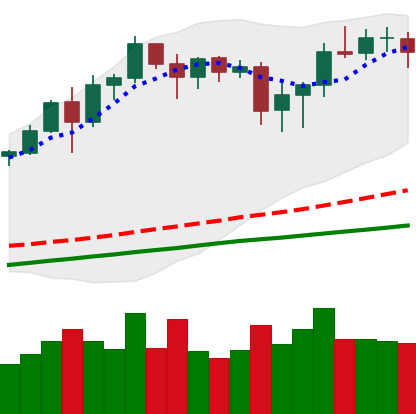
Ticker: BNB-USD
Chart end date: 2020-08-18
Forward return: -5.186%
Label: down_5_7